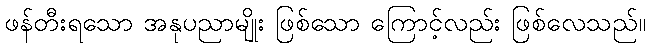
ဖန်တီးရသော အနုပညာမျိုး ဖြစ်သော ကြောင့်လည်း ဖြစ်လေသည်။